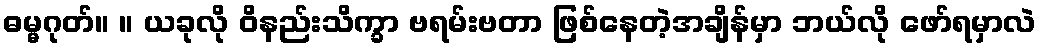
ဓမ္မဂုတ်။ ။ ယခုလို ဝိနည်းသိက္ခာ ဗရမ်းဗတာ ဖြစ်နေတဲ့အချိန်မှာ ဘယ်လို ဖော်ရမှာလဲ